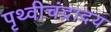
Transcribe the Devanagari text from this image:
पृथ्वीचंद्रादय